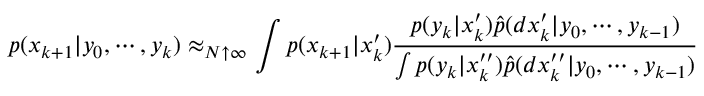
p ( x _ { k + 1 } | y _ { 0 } , \cdots , y _ { k } ) \approx _ { N \uparrow \infty } \int p ( x _ { k + 1 } | x _ { k } ^ { \prime } ) { \frac { p ( y _ { k } | x _ { k } ^ { \prime } ) { \widehat { p } } ( d x _ { k } ^ { \prime } | y _ { 0 } , \cdots , y _ { k - 1 } ) } { \int p ( y _ { k } | x _ { k } ^ { \prime \prime } ) { \widehat { p } } ( d x _ { k } ^ { \prime \prime } | y _ { 0 } , \cdots , y _ { k - 1 } ) } }